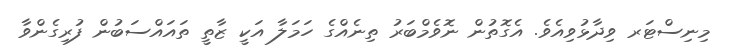
މިނިސްޓަރ ވިދާޅުވިއެވެ. އެގޮތުން ނޮވެމްބަރު ތިނެއްގެ ހަމަލާ އަކީ ޒާތީ ތައައްސަބުން ފުރިގެންވާ